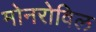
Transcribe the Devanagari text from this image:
मोनरोविल